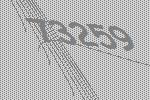
73259